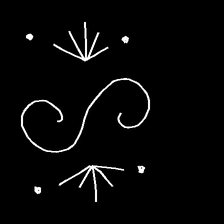
Glyph: aeroform